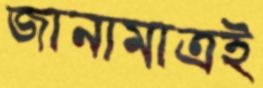
জানামাত্রই